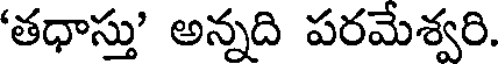
'తధాస్తు' అన్నది పరమేశ్వరి.